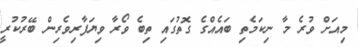
މިއަށް ވުރެ މާ ނިކަމެތި ބައެއްގެ ގޮތުގައި ތިބެ ވޯރާ ވިޔަފާރިވެރިން ބޭރުކުރީ